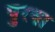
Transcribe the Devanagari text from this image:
पुरषा